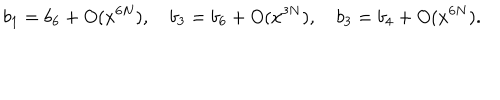
b _ { 1 } = b _ { 6 } + O ( x ^ { 6 N } ) , \quad b _ { 3 } = b _ { 6 } + O ( x ^ { 3 N } ) , \quad b _ { 3 } = b _ { 4 } + O ( x ^ { 6 N } ) .